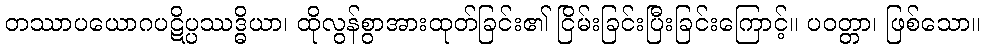
တဿာပယောဂပဋိပ္ပဿဒ္ဓိယာ၊ ထိုလွန်စွာအားထုတ်ခြင်း၏ ငြိမ်းခြင်းပြီးခြင်းကြောင့်။ ပဝတ္တာ၊ ဖြစ်သော။